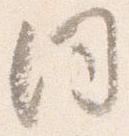
同